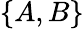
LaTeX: \{ A,B\}